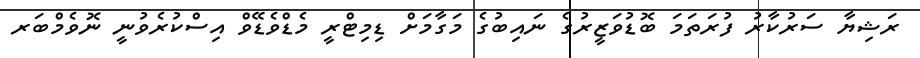
ރަޝިޔާ ސަރުކާރު ފުރަތަމަ ބޮޑުވަޒީރުގެ ނައިބުގެ މަގާމަށް ޑިމިޓްރީ މެޑްވެޑޭވް އިސްކުރެވުނީ ނޮވެމްބަރ